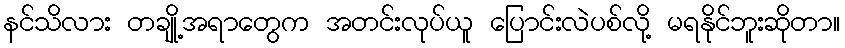
နင်သိလား တချို့အရာတွေက အတင်းလုပ်ယူ ပြောင်းလဲပစ်လို့ မရနိုင်ဘူးဆိုတာ။